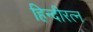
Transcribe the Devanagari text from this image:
हिन्दीरत्न